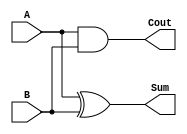
`timescale 1ns / 1ps
//////////////////////////////////////////////////////////////////////////////////
// Company: 
// Engineer: 
// 
// Design Name: 
// Module Name: hA
// Project Name: 
// Target Devices: 
// Tool Versions: 
// Description: 
// 
// Dependencies: 
// 
// Revision:
// Revision 0.01 - File Created
// Additional Comments:
// 
//////////////////////////////////////////////////////////////////////////////////


module hA(
    input A,
    input B,
    output Sum,
    output Cout
    );
    
    assign Sum=A^B;
    assign Cout=A&B;
    
endmodule